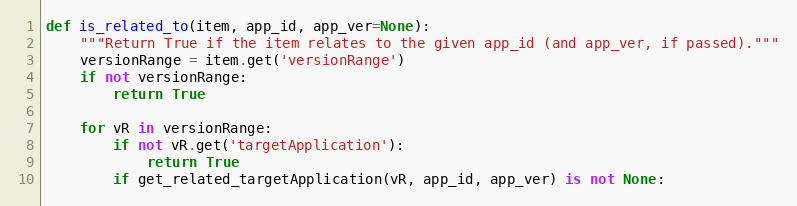
Language: Python
def is_related_to(item, app_id, app_ver=None):
    """Return True if the item relates to the given app_id (and app_ver, if passed)."""
    versionRange = item.get('versionRange')
    if not versionRange:
        return True

    for vR in versionRange:
        if not vR.get('targetApplication'):
            return True
        if get_related_targetApplication(vR, app_id, app_ver) is not None: